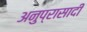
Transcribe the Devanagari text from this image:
अनुप्रासादी